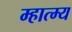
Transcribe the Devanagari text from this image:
म्हात्म्य